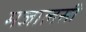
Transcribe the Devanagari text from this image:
मजालसी